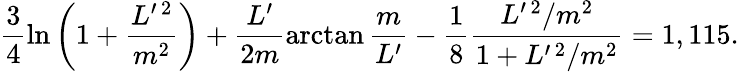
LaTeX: \frac 34\ln\left(1+\frac{L^{\prime\, 2}}{m^{2}}\right)+\frac{L^{\prime}}{2m}\arctan\frac m{L^{\prime}}-\frac 18\frac{L^{\prime\, 2}/m^{2}}{1+L^{\prime\, 2}/m^{2}}=1,115.